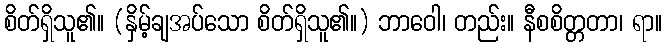
စိတ်ရှိသူ၏။ (နှိမ့်ချအပ်သော စိတ်ရှိသူ၏။) ဘာဝေါ၊ တည်း။ နီစစိတ္တတာ၊ ရာ။